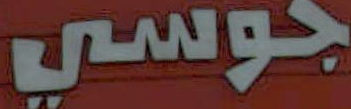
جوسي